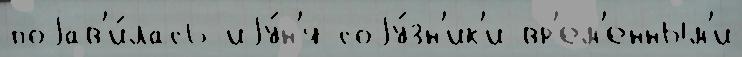
поjав'и́лась иjу́н'я соjу́зн'ик'и вр'ем'енным'и